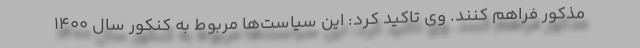
مذکور فراهم کنند. وی تاکید کرد: این سیاست‌ها مربوط به کنکور سال ۱۴۰۰